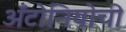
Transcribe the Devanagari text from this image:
अँटोनियोची